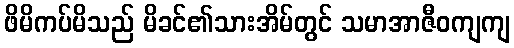
ဖိမိကပ်မိသည် မိခင်၏သားအိမ်တွင် သမာအာဇီဝကျကျ